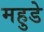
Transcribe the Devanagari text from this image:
महुडे